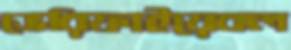
ভেরিফাইয়েবল